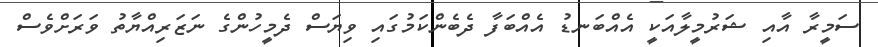
ސަމީރާ އާއި ޝަރުމީލާއަކީ އެއްބަނޑު އެއްބަފާ ދެބެންކަމުގައި ވިޔަސް ދެމީހުންގެ ނަޒަރިއްޔާތު ވަރަށްވެސް